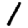
Digit: 1